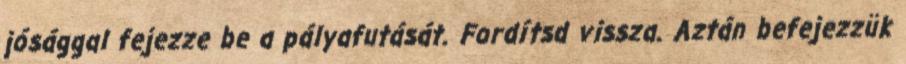
jósággal fejezze be a pályafutását. Fordítsd vissza. Aztán befejezzük